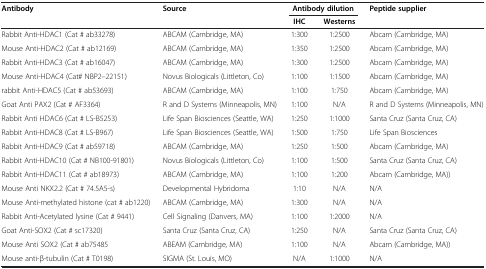
| Antibody | Source | <COLSPAN=2> Antibody dilution | Peptide supplier |
 |  |  | IHC | Westerns |  |
 | --- | --- | --- | --- | --- |
 | Rabbit Anti-HDAC1 (Cat # ab33278) | ABCAM (Cambridge, MA) | 1:300 | 1:2500 | Abcam (Cambridge, MA) |
 | Mouse Anti-HDAC2 (Cat # ab12169) | ABCAM (Cambridge, MA) | 1:350 | 1:2500 | Abcam (Cambridge, MA) |
 | Rabbit Anti-HDAC3 (Cat # ab16047) | ABCAM (Cambridge, MA) | 1:300 | 1:2500 | Abcam (Cambridge, MA) |
 | Mouse Anti-HDAC4 (Cat# NBP2–22151) | Novus Biologicals (Littleton, Co) | 1:100 | 1:1500 | Abcam (Cambridge, MA) |
 | rabbit Anti-HDAC5 (Cat # ab53693) | ABCAM (Cambridge, MA) | 1:100 | 1:750 | Abcam (Cambridge, MA) |
 | Goat Anti PAX2 (Cat # AF3364) | R and D Systems (Minneapolis, MN) | 1:100 | N/A | R and D Systems (Minneapolis, MN) |
 | Rabbit Anti HDAC6 (Cat # LS-B5253) | Life Span Biosciences (Seattle, WA) | 1:250 | 1:1000 | Santa Cruz (Santa Cruz, CA) |
 | Rabbit Anti-HDAC8 (Cat # LS-B967) | Life Span Biosciences (Seattle, WA) | 1:500 | 1:750 | Life Span Biosciences |
 | Rabbit Anti-HDAC9 (Cat # ab59718) | ABCAM (Cambridge, MA) | 1:250 | 1:500 | Abcam (Cambridge, MA) |
 | Rabbit Anti-HDAC10 (Cat # NB100-91801) | Novus Biologicals (Littleton, Co) | 1:100 | 1:500 | Santa Cruz (Santa Cruz, CA) |
 | Rabbit Anti-HDAC11 (Cat # ab18973) | ABCAM (Cambridge, MA) | 1:100 | 1:200 | Abcam (Cambridge, MA)) |
 | Mouse Anti NKX2.2 (Cat # 74.5A5-s) | Developmental Hybridoma | 1:10 | N/A | N/A |
 | Mouse Anti-methylated histone (cat # ab1220) | ABCAM (Cambridge, MA) | 1:300 | N/A | N/A |
 | Rabbit Anti-Acetylated lysine (Cat # 9441) | Cell Signaling (Danvers, MA) | 1:100 | 1:2000 | N/A |
 | Goat Anti-SOX2 (Cat # sc17320) | Santa Cruz (Santa Cruz, CA) | 1:250 | N/A | Santa Cruz (Santa Cruz, CA) |
 | Mouse Anti SOX2 (Cat # ab75485 | ABEAM (Cambridge, MA) | 1:100 | N/A | Abcam (Cambridge, MA)) |
 | Mouse anti-β-tubulin (Cat # T0198) | SIGMA (St. Louis, MO) | N/A | 1:1000 | N/A |